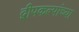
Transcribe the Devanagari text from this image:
द्वीपकल्पांच्या